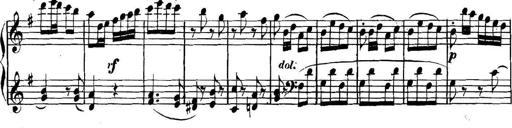
Title: Collected Piano Sonatas
Composer: Muzio Clementi